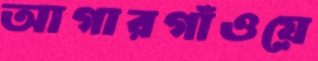
আগারগাঁওয়ে